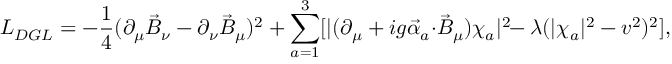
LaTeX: { \cal L } _ { D G L } = - \frac { 1 } { 4 } ( \partial _ { \mu } \vec { B } _ { \nu } - \partial _ { \nu } \vec { B } _ { \mu } ) ^ { 2 } + \sum _ { a = 1 } ^ { 3 } [ | ( \partial _ { \mu } + i g \vec { \alpha } _ { a } { \cdot } \vec { B } _ { \mu } ) \chi _ { a } | ^ { 2 } \! \! - \lambda ( | \chi _ { a } | ^ { 2 } - v ^ { 2 } ) ^ { 2 } ] ,